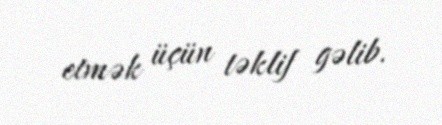
etmək üçün təklif gəlib.